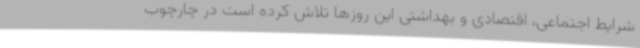
شرایط اجتماعی، اقتصادی و بهداشتی این روزها تلاش کرده است در چارچوب